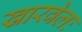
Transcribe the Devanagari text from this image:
खारवेलः